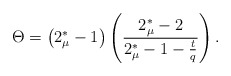
\begin{align*}\Theta &=\big(2_{\mu}^*-1\big)\left( \frac{2_{\mu}^*-2}{2_{\mu}^*-1 -\frac{t}{q}}\right).\end{align*}